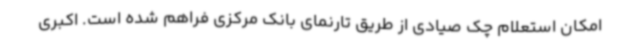
امکان استعلام چک صیادی از طریق تارنمای بانک مرکزی فراهم شده است. اکبری